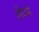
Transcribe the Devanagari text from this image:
लेपने